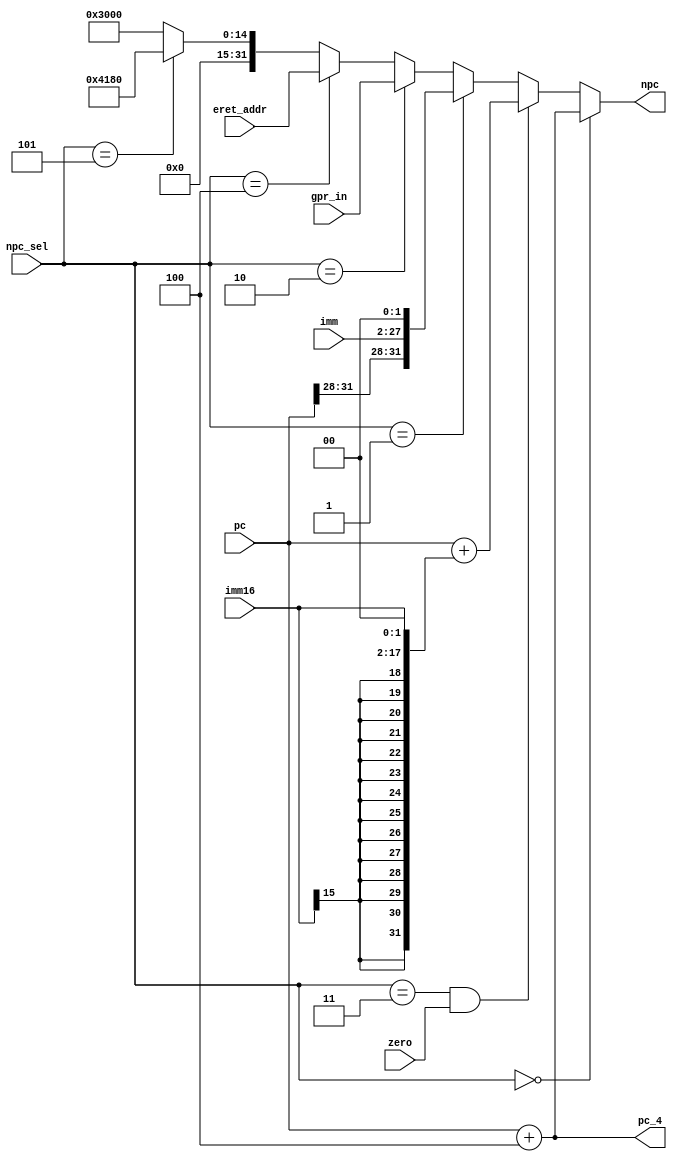
module npc(pc, imm, imm16, zero, npc_sel, gpr_in, eret_addr, npc, pc_4);
  input [31:0] pc;
  input [25:0] imm;
  input [15:0] imm16;
  input zero;
  
  // 000 - pc + 4
  // 001 - j / jal
  // 010 - jr
  // 011 - beq
  // 100 - eret
  // 101 - interrupt
  input [2:0] npc_sel;
  
  // gpr_in is for jr or eret
  input [31:0] gpr_in;
  
  input [31:0] eret_addr;
  
  output [31:0] npc, pc_4;
  
  assign pc_4 = pc + 4;
  
  assign npc = npc_sel == 3'b000 ? pc_4 :
        (npc_sel == 3'b011 && zero) ? pc + {{14{imm16[15]}}, imm16, 2'b00}:
         npc_sel == 3'b001 ? { pc[31:28], imm, 2'b00}:
         npc_sel == 3'b010 ? gpr_in :
         npc_sel == 3'b100 ? eret_addr:
         npc_sel == 3'b101 ? 32'h0000_4180: 32'h0000_3000;
         
endmodule